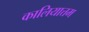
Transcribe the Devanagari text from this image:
कालियात्तम